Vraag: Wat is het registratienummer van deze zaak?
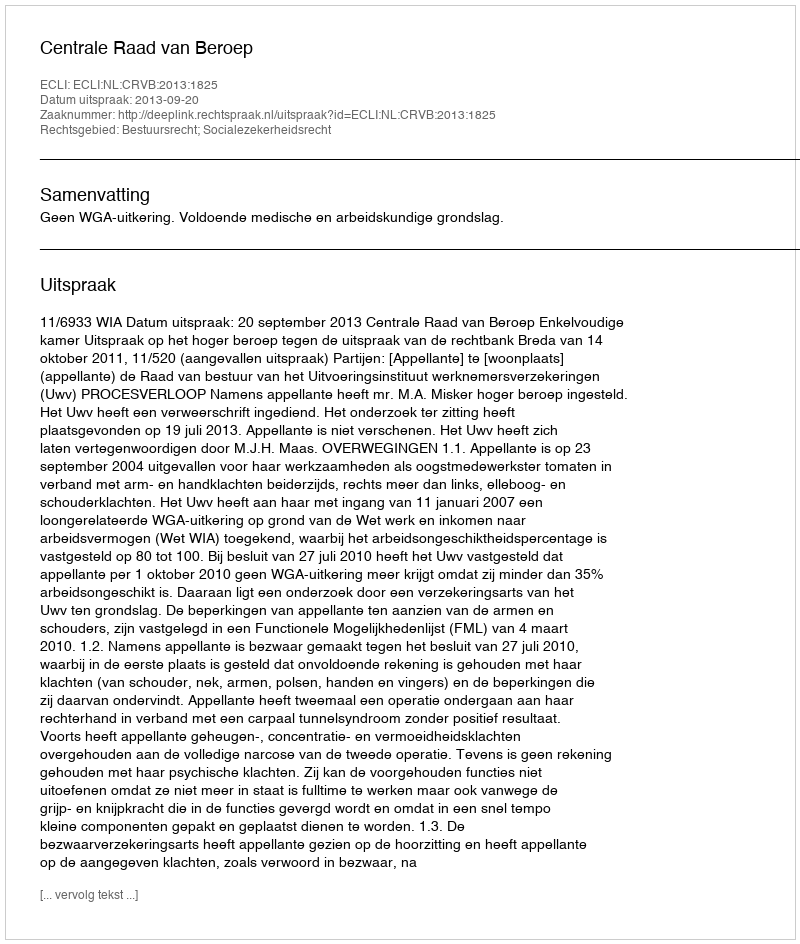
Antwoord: http://deeplink.rechtspraak.nl/uitspraak?id=ECLI:NL:CRVB:2013:1825